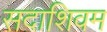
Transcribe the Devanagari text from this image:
सदाशिवम